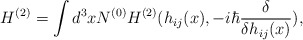
\begin{align*}H^{(2)} = \int d^3xN^{(0)}H^{(2)}(h_{ij}(x), -i\hbar \frac{\delta}{\delta h_{ij}(x)}),\end{align*}